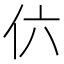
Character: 𠆾